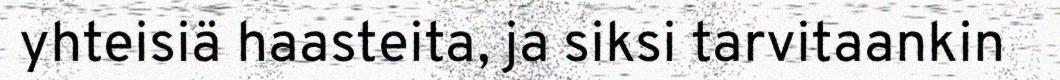
yhteisiä haasteita, ja siksi tarvitaankin